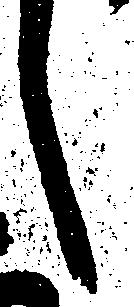
し